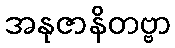
အနုဇာနိတဗ္ဗာ